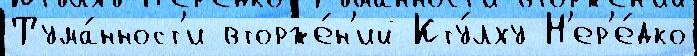
Тума́нност'и вторже́н'ий Кту́лху Н'ер'е́дко